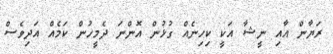
ރަޔާން އާއި ނީޝާ އަކީ ކިހިނެއް ގުޅުން އޮންނަ ދެމީހުން ކަމެއް އަދިވެސް